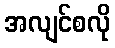
အလျင်စလို